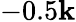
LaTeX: -0.5\mathbf{k}